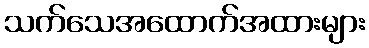
သက်သေအထောက်အထားများ